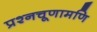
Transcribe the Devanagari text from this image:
प्रश्नचूणामणि